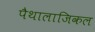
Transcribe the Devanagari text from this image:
पैथालाजिकल